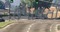
ઉપાયતો